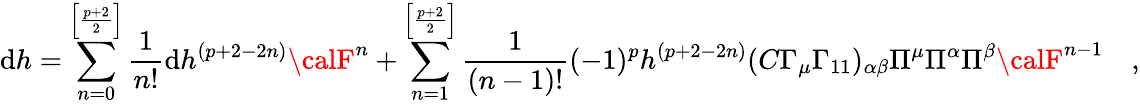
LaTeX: \mathrm{d}h=\sum_{n=0}^{\left[\frac{{p+2}}{{2}}\right]}\frac{{1}}{{n!}}\mathrm{d}h^{(p+2-2n)}{\calF}^{n}+\sum_{n=1}^{\left[\frac{{p+2}}{{2}}\right]}\frac{{1}}{{(n-1)!}}(-1)^{p}h^{(p+2-2n)}(C\Gamma_{\mu}\Gamma_{11})_{\alpha\beta}\Pi^{\mu}\Pi^{\alpha}\Pi^{\beta}{\calF}^{n-1}\quad,